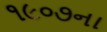
૧૯૦૭ના